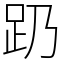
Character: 𬦠